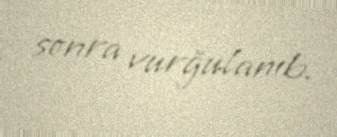
sonra vurğulanıb.